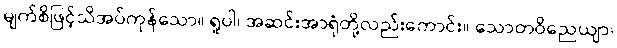
မျက်စိဖြင့်သိအပ်ကုန်သော။ ရူပါ၊ အဆင်းအာရုံတို့လည်းကောင်း။ သောတဝိညေယျာ၊